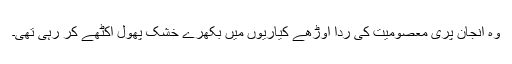
وہ انجان پری معصومیت کی ردا اوڑھے کیاریوں میں بکھرے خشک پھول اکٹھے کر رہی تھی۔